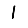
Digit: 1